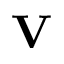
\mathbf { V }